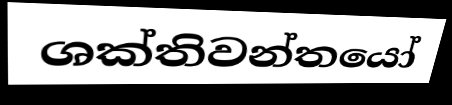
ශක්තිවන්තයෝ